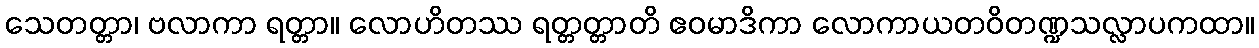
သေတတ္တာ၊ ဗလာကာ ရတ္တာ။ လောဟိတဿ ရတ္တတ္တာတိ ဧဝမာဒိကာ လောကာယတဝိတဏ္ဍသလ္လာပကထာ။